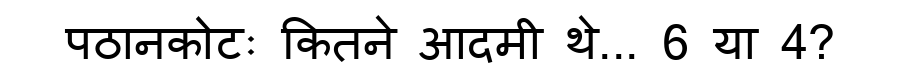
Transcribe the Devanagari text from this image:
पठानकोटः कितने आदमी थे... 6 या 4?